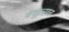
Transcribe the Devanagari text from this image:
वधूत्सव